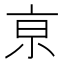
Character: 亰